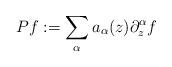
LaTeX: \begin{align*}Pf:=\sum_\alpha a_\alpha(z)\partial_z^\alpha f\end{align*}